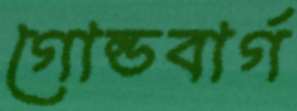
গোল্ডবার্গ